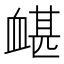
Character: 𧗀